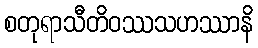
စတုရာသီတိဝဿသဟဿာနိ